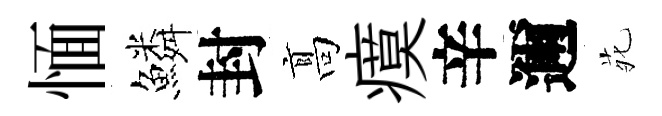
愐鱗封髙瘼辛邇𫟍